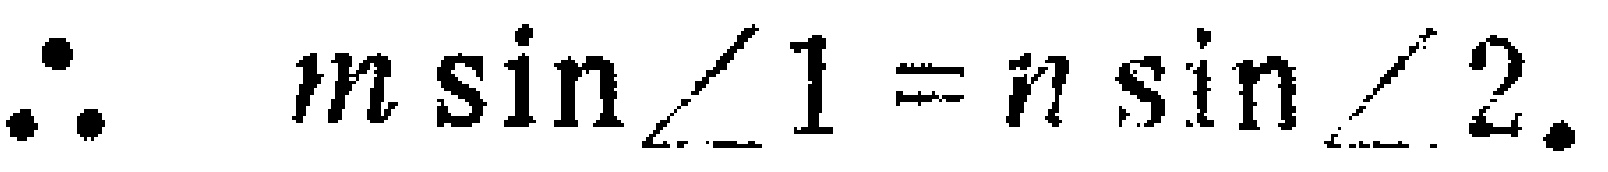
\(\therefore n \sin \angle 1 = n \sin \angle 2.\)